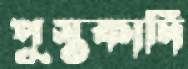
পুস্তকাদি